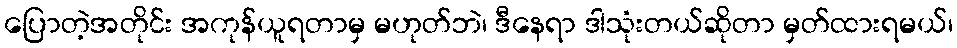
ပြောတဲ့အတိုင်း အကုန်ယူရတာမှ မဟုတ်ဘဲ၊ ဒီနေရာ ဒါသုံးတယ်ဆိုတာ မှတ်ထားရမယ်၊